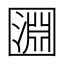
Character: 㘤